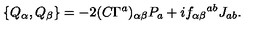
\{ Q _ { \alpha } , Q _ { \beta } \} = - 2 ( C \Gamma ^ { a } ) _ { \alpha \beta } P _ { a } + i f _ { \alpha \beta } { } ^ { a b } J _ { a b } .